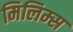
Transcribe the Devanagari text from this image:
मिलिम्स